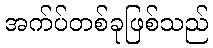
အက်ပ်တစ်ခုဖြစ်သည်